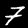
Digit: 7